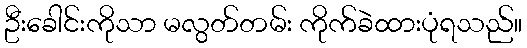
ဦးခေါင်းကိုသာ မလွတ်တမ်း ကိုက်ခဲထားပုံရသည်။